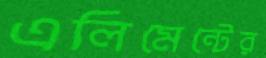
এলিমেন্টের